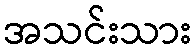
အသင်းသား